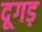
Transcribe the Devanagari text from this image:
दूगड़